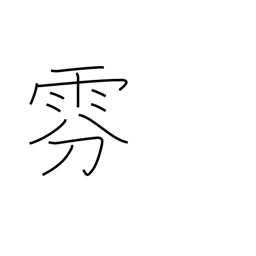
Meaning: fog